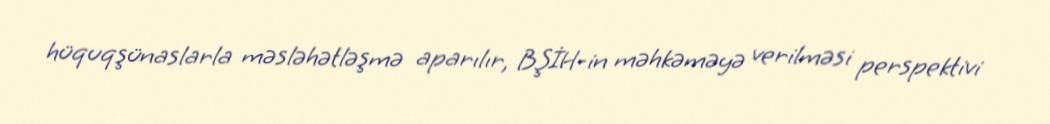
hüquqşünaslarla məsləhətləşmə aparılır, BŞİH-in məhkəməyə verilməsi perspektivi